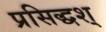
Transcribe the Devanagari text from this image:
प्रसिद्धश्